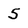
Character: 5